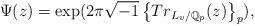
LaTeX: \begin{align*}\Psi(z)=\exp(2\pi\sqrt{-1}\left\{ Tr_{L_v/\mathbb{Q}_{p}}(z)\right\}_{p}),\end{align*}